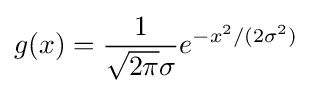
g(x)={\frac {1}{{\sqrt {2\pi }}\sigma }}e^{-x^{2}/(2\sigma ^{2})}